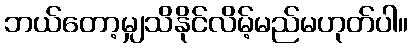
ဘယ်တော့မျှသိနိုင်လိမ့်မည်မဟုတ်ပါ။